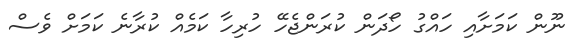
ނޫން ކަމަށާއި ހައްގު ހޯދަން ކުރަންޖެހޭ ހުރިހާ ކަމެއް ކުރާނެ ކަމަށް ވެސް